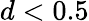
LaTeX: d<0.5